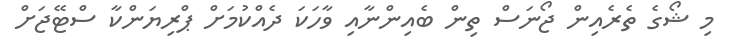
މި ޝޯގެ ތެރެއިން ޖޯނަސް ތިން ބެއިންނާއި ވާހަކަ ދެއްކުމަށް ޕްރިޔަންކާ ސްޓޭޖަށް